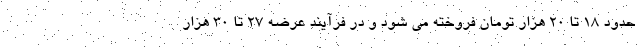
حدود ۱۸ تا ۲۰ هزار تومان فروخته می شود و در فرآیند عرضه ۲۷ تا ۳۰ هزار